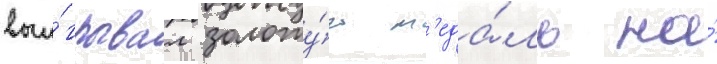
выи́грывал золоту́ю м'еда́ль на́